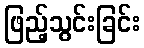
ဖြည့်သွင်းခြင်း